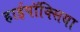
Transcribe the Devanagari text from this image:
हाईपॉक्सिया